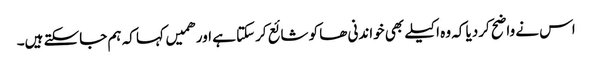
اس نے واضح کردیا کہ وہ اکیلے بھی خواندنی ھا کو شائع کرسکتا ہے اور ھمیں کہا کہ ہم جاسکتے ہیں۔